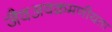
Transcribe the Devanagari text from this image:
जैवअवक्रमणीयता